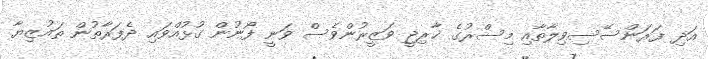
އަދި ފަރަންސޭސިވިލާތާއި މިސްރުގެ ޚާރިޖީ ވަޒީރުންވެސް ވަނީ ފޯނުން ގުޅުއްވައި ދެފަރާތުން ތައުޒިޔާ